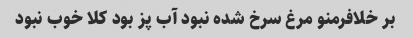
بر خلافرمنو مرغ سرخ شده نبود آب پز بود کلا خوب نبود